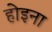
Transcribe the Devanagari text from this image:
होइना